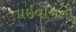
તાઇવાનની